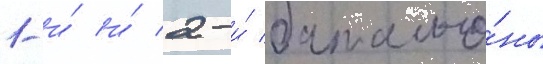
1-и́ и́ 2-и́ батальо́ны